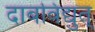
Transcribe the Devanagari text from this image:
दाबविद्युत्‌